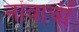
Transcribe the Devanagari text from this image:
नांवाचीं